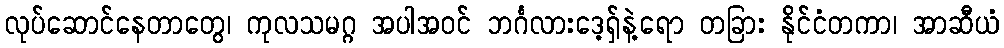
လုပ်ဆောင်နေတာတွေ၊ ကုလသမဂ္ဂ အပါအဝင် ဘင်္ဂလားဒေ့ရှ်နဲ့ရော တခြား နိုင်ငံတကာ၊ အာဆီယံ